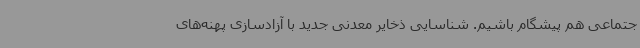
جتماعی هم پیشگام باشیم. شناسایی ذخایر معدنی جدید با آزادسازی پهنه‌های